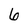
Character: 6